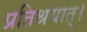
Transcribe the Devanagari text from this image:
प्रतिश्रयात्।